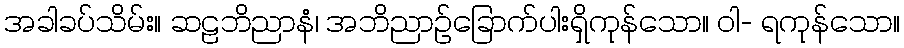
အခါခပ်သိမ်း။ ဆဠဘိညာနံ၊ အဘိညာဉ်ခြောက်ပါးရှိကုန်သော။ ဝါ- ရကုန်သော။